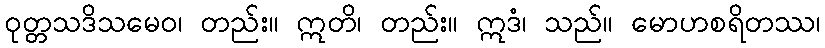
ဝုတ္တသဒိသမေဝ၊ တည်း။ ဣတိ၊ တည်း။ ဣဒံ၊ သည်။ မောဟစရိတဿ၊